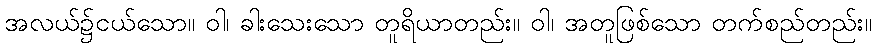
အလယ်၌ငယ်သော။ ဝါ၊ ခါးသေးသော တူရိယာတည်း။ ဝါ၊ အတူဖြစ်သော တက်စည်တည်း။